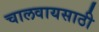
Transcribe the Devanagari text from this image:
चालवायसाठी